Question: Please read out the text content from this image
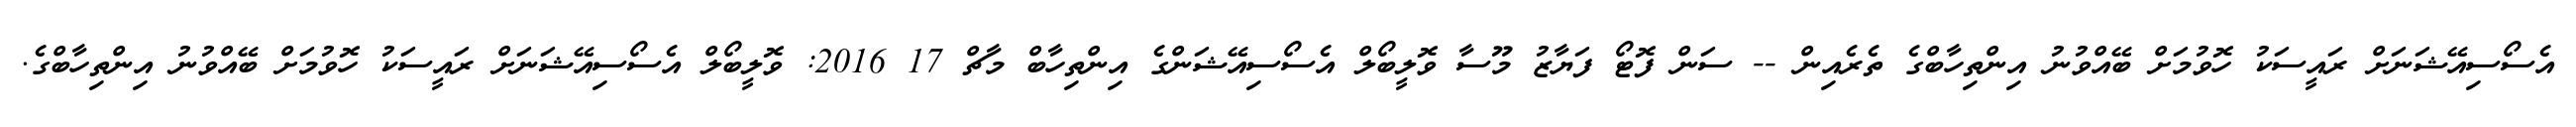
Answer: އެސޯސިއޭޝަނަށް ރައީސަކު ހޮވުމަށް ބޭއްވުނު އިންތިހާބްގެ ތެރެއިން -- ސަން ފޮޓޯ ފަޔާޒު މޫސާ ވޮލީބޯލް އެސޯސިއޭޝަންގެ އިންތިހާބް މާޗް 17 2016: ވޮލީބޯލް އެސޯސިއޭޝަނަށް ރައީސަކު ހޮވުމަށް ބޭއްވުނު އިންތިހާބްގެ.